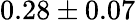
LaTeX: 0.28\pm 0.07